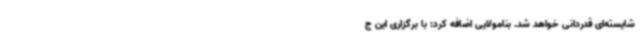
شایسته‌ای قدردانی خواهد شد. بنامولایی اضافه کرد: با برگزاری این ج